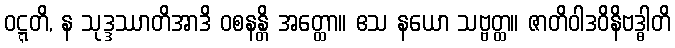
ဝဋ္ဋတိ, န သုဒ္ဒဿာတိအာဒိ ဝစနန္တိ အတ္ထော။ ဧသ နယော သဗ္ဗတ္ထ။ ဇာတိဝါဒဝိနိဗဒ္ဓါတိ